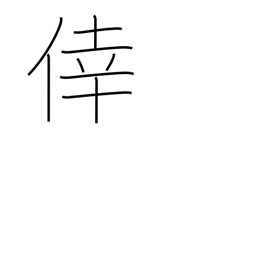
Meaning: happiness